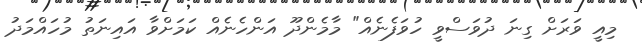
މިއީ ވަރަށް ގިނަ ދުވަސްވީ ހުވަފެނެއް" މާމެންދޫ އަންހެނެއް ކަމަށްވާ އައިނަތު މުހައްމަދު